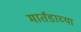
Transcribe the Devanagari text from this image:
मार्तंडाच्या